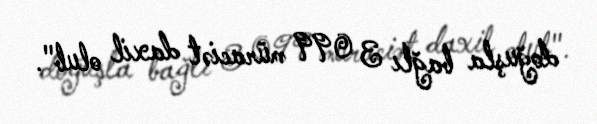
doğuşla bağlı 3 099 müraciət daxil olub".